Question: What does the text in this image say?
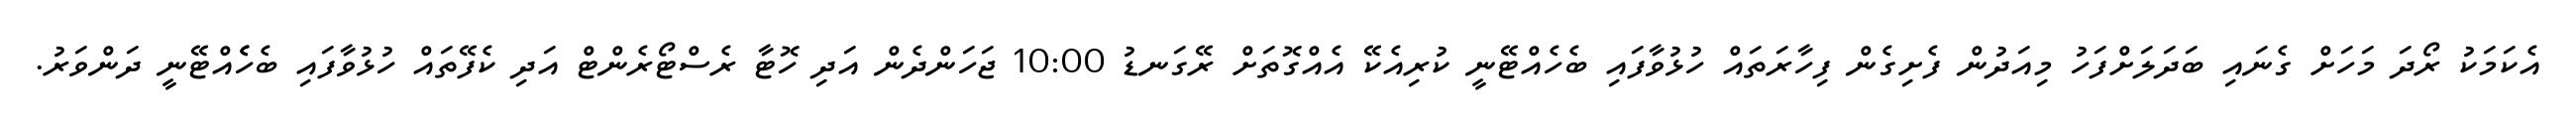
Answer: އެކަމަކު ރޯދަ މަހަށް ގެނައި ބަދަލަށްފަހު މިއަދުން ފެށިގެން ފިހާރަތައް ހުޅުވާފައި ބެހެއްޓޭނީ ކުރިއެކޭ އެއްގޮތަށް ރޭގަނޑު 10:00 ޖަހަންދެން އަދި ހޮޓާ ރެސްޓޯރެންޓް އަދި ކެފޭތައް ހުޅުވާފައި ބެހެެއްޓޭނީ ދަންވަރު.